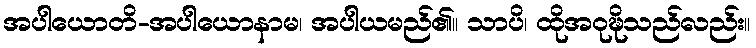
အပါယောတိ-အပါယောနာမ၊ အပါယမည်၏။ သာပိ၊ ထိုအဝုဍ္ဎိသည်လည်း။